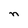
Character: n